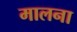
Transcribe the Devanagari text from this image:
मालना